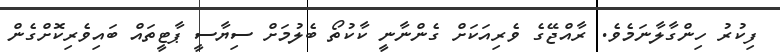
ފިކުރު ހިންގާލާނަމެވެ. ރާއްޖޭގެ ވެރިއަކަށް ގެންނާނީ ކާކުތޯ ބެލުމަށް ސިޔާސީ ޕާޓީތައް ބައިވެރިކޮށްގެން